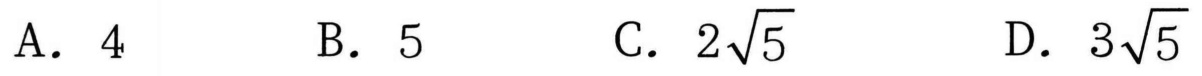
A. \(4\)  B. \(5\)  C. \(2\sqrt{5}\)  D. \(3\sqrt{5}\)